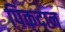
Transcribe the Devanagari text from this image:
पिकदान